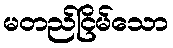
မတည်ငြိမ်သော